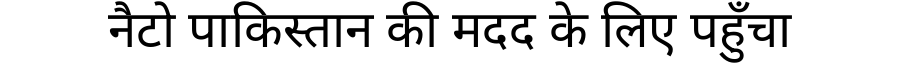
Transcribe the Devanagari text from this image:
नैटो पाकिस्तान की मदद के लिए पहुँचा